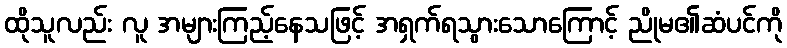
ထိုသူလည်း လူ အများကြည့်နေသဖြင့် အရှက်ရသွားသောကြောင့် ညိုမ၏ဆံပင်ကို